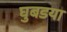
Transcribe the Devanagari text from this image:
घुबडया